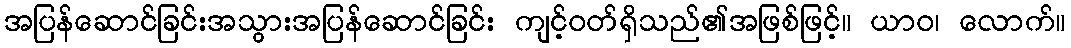
အပြန်ဆောင်ခြင်းအသွားအပြန်ဆောင်ခြင်း ကျင့်ဝတ်ရှိသည်၏အဖြစ်ဖြင့်။ ယာဝ၊ လောက်။